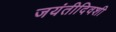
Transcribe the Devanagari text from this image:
जयंतीदिवशी